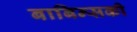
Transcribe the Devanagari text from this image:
बाबिन्सकी